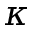
\kappa